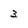
Character: 3